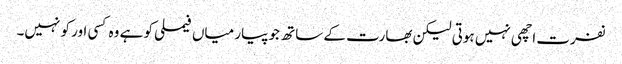
نفرت اچھی نہیں ہوتی لیکن بھارت کے ساتھ جو پیار میاں فیملی کو ہے وہ کسی اور کو نہیں۔